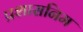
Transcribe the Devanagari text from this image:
प्रशासनिम